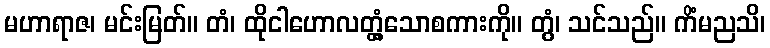
မဟာရာဇ၊ မင်းမြတ်။ တံ၊ ထိုငါဟောလတ္တံ့သောစကားကို။ တွံ၊ သင်သည်။ ကိံမညသိ၊